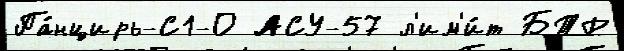
Па́нцирь-С1-О АСУ-57 л'им'и́т БТР